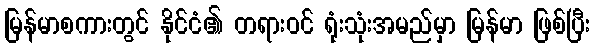
မြန်မာစကားတွင် နိုင်ငံ၏ တရားဝင် ရုံးသုံးအမည်မှာ မြန်မာ ဖြစ်ပြီး